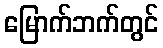
မြောက်ဘက်တွင်